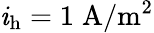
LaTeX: \mathit{i}_{\mathrm{{h}}}=1\; \mathrm{{A}}/\mathrm{{m}}^{2}